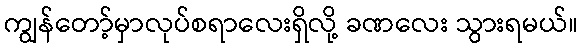
ကျွန်တော့်မှာလုပ်စရာလေးရှိလို့ ခဏလေး သွားရမယ်။